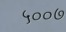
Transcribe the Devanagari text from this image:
५००७